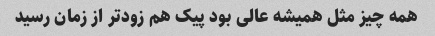
همه چیز مثل همیشه عالی بود پیک هم زودتر از زمان رسید